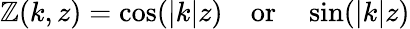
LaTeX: \mathbb{Z}(k,z)=\cos(|k|z)\, \, \, \, \, \, \mathrm{{or}}\, \, \, \, \, \, \sin(|k|z)